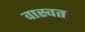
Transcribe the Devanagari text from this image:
वास्वत